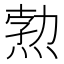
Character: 𭵉